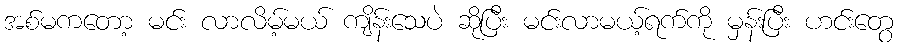
အစ်မကတော့ မင်း လာလိမ့်မယ် ကျိန်းသေပဲ ဆိုပြီး မင်းလာမယ့်ရက်ကို မှန်းပြီး ဟင်းတွေ